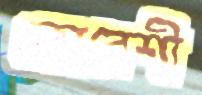
কোরেশী